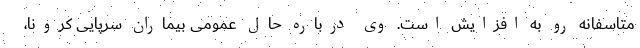
متاسفانه رو به افزایش است. وی درباره حال عمومی بیماران سرپایی کرونا،